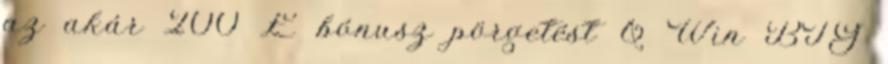
az akár 200 £ bónusz pörgetést & Win BIG